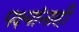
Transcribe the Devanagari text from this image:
पक्ष्यांनाही